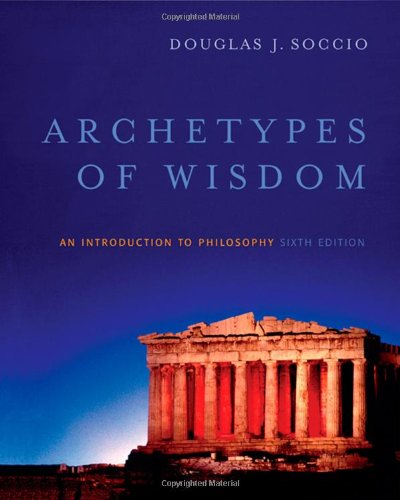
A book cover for Archetypes of Wisdom: An Introduction to Philosophy (Available Titles CengageNOW); Douglas J. Soccio; Politics & Social Sciences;